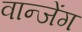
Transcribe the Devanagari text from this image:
वान्जेंग